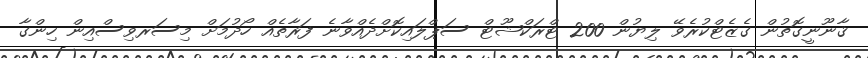
ޤާނޫނީގޮތުން ގެޒެޓްކުރެވޭ ލިޔުން 200 ޓްރަކްޝޫޓް ސަޕްލައިކޮށްދެއްވާނެ ފަރާތެއް ހޯދުމަށް މިސަރވިސްއިން ހިންގާ